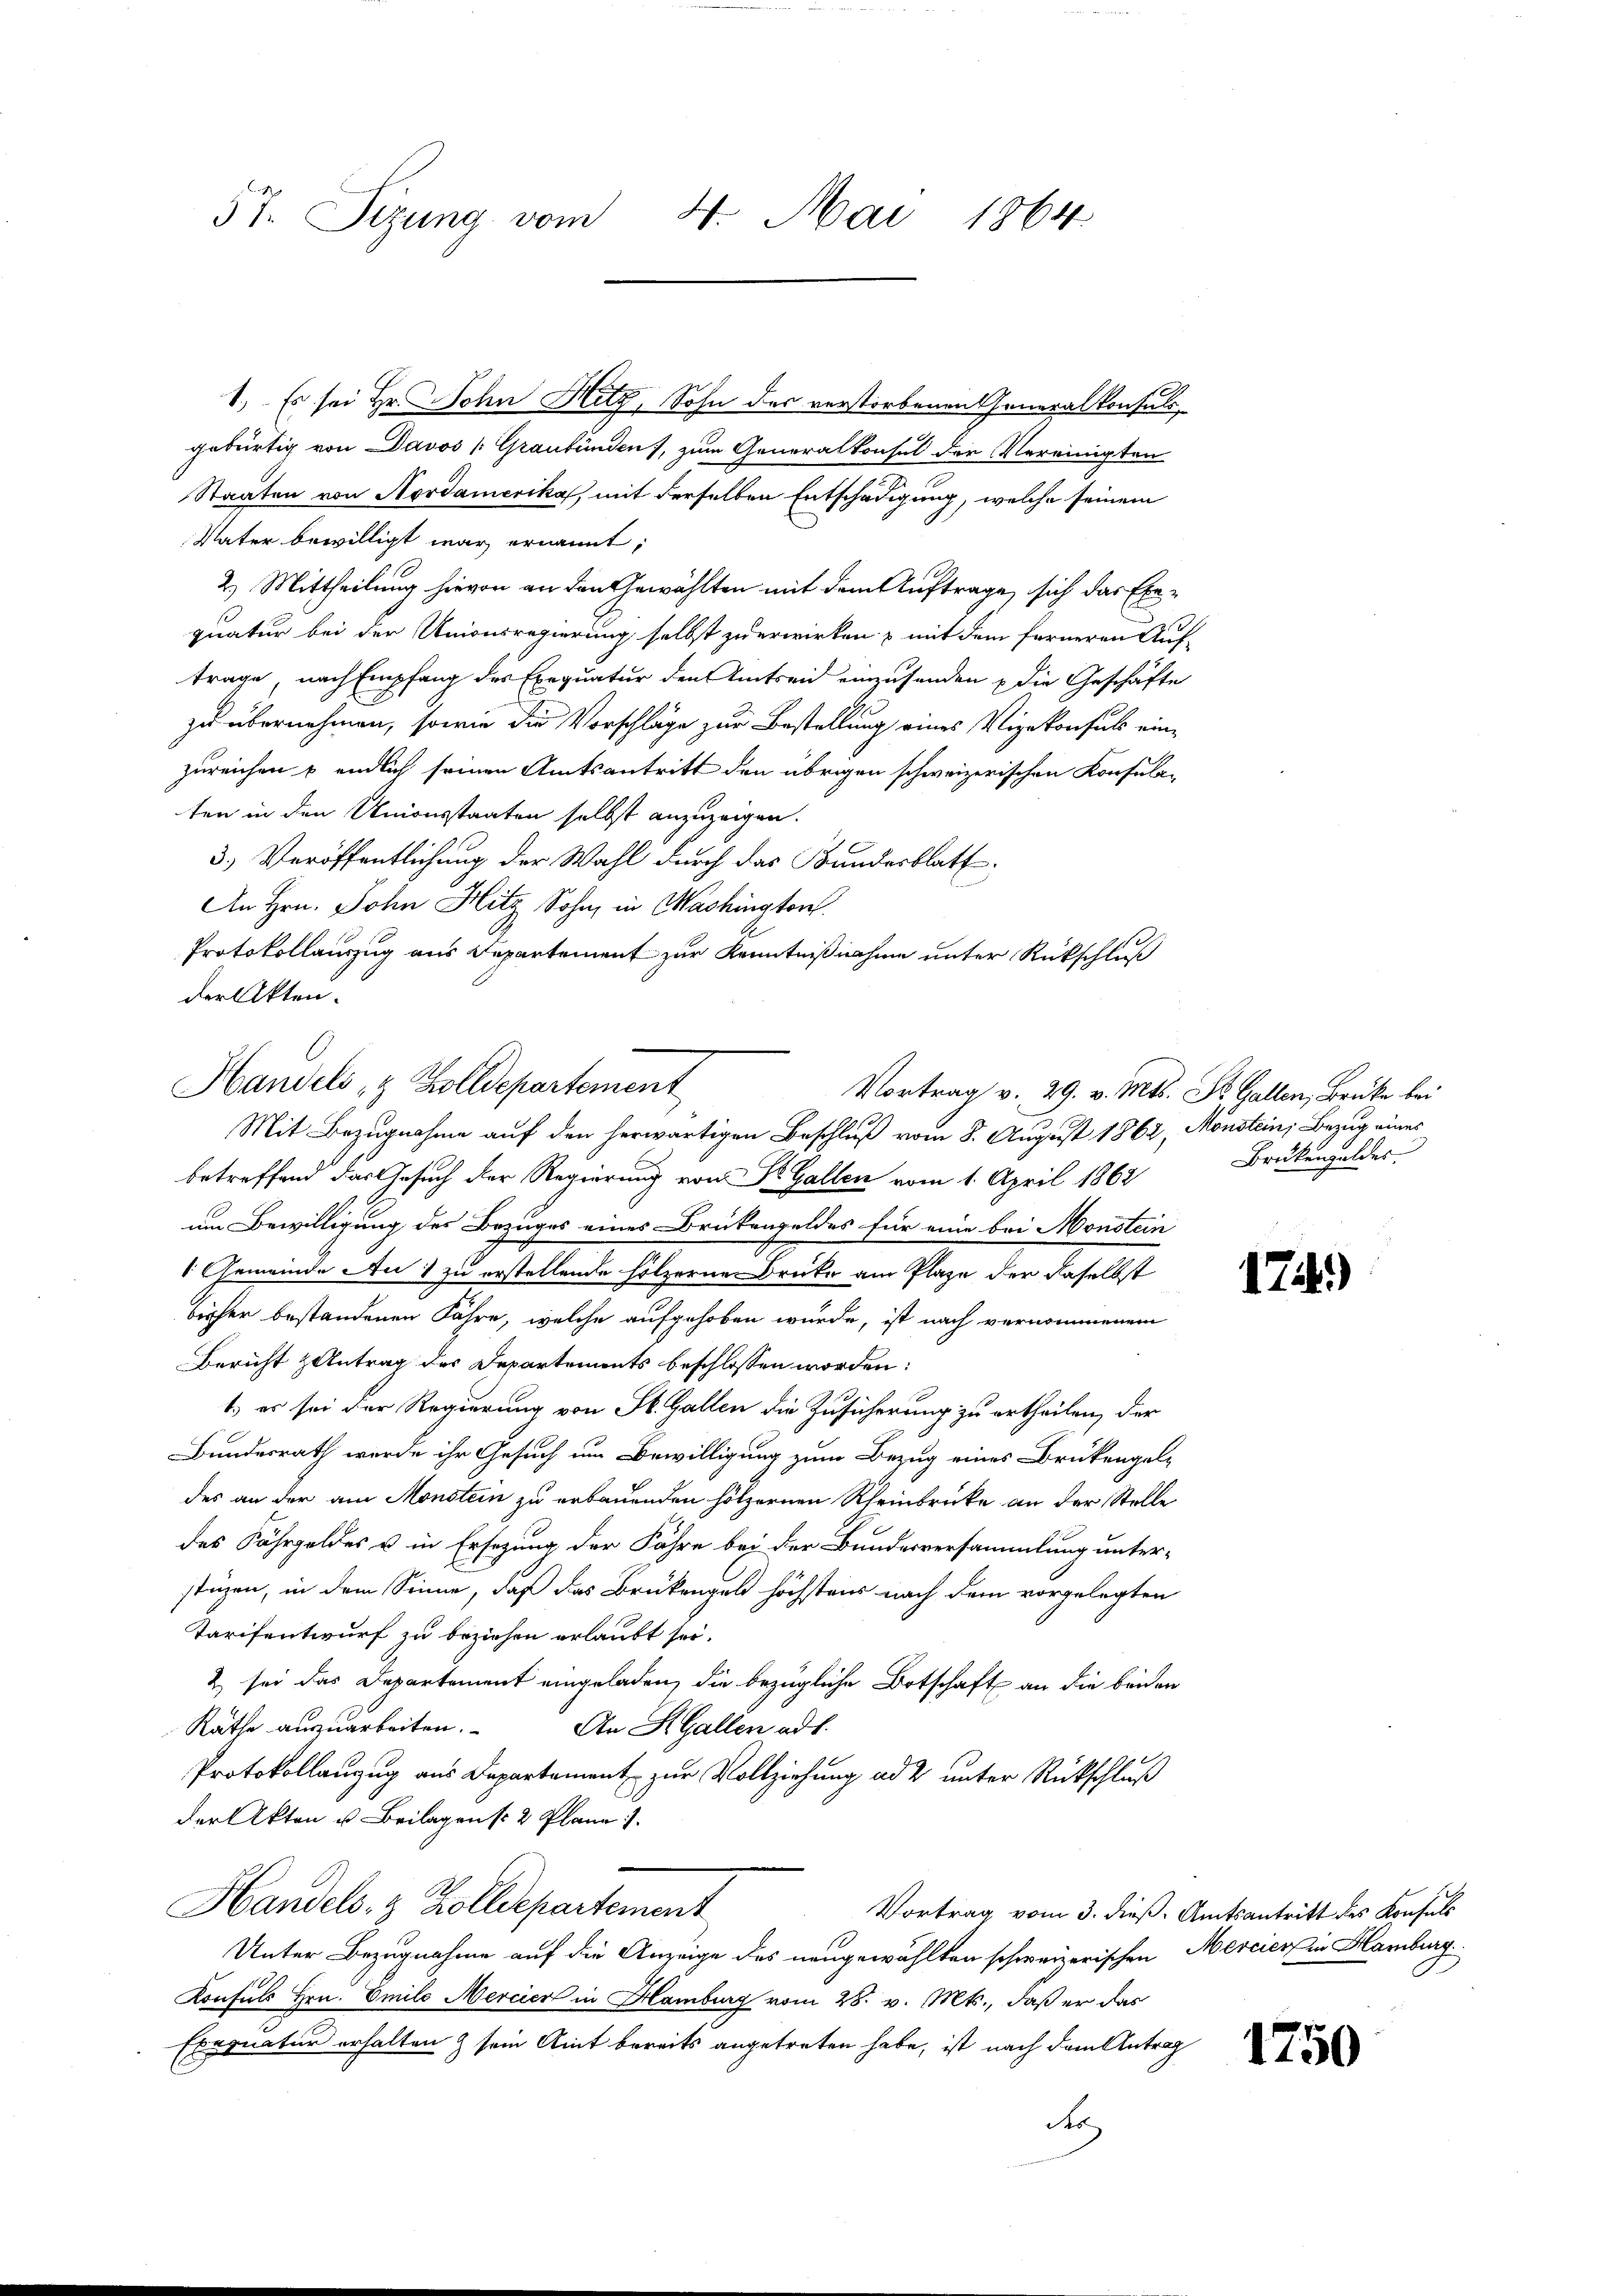
57. Sizung vom 4. Mai 1864

1.) Es sei Hr. John Hitz, Sohn des verstorbenen Generalkonsuls,
gebürtig von Davos /: Graubünden), zum Generalkonsul der Vereinigten
Staaten von Nordamerika, mit derselben Entschädigung, welche seinem
Vater bewilligt war ernannt;
2.) Mittheilung hievon an den Gewählten mit dem Auftrage, sich das Exequatur bei der Unionsregierung selbst zu erwirken & mit dem ferneren Auf-
trage, nach Empfang des Exequatur den Amtsein einzusenden die Geschäfte
zu übernehmen, sowie die Vorschläge zur Bestellung eines Vizekonsuls einzureichen & endlich seinen Amtsantritt den übrigen schweizerischen Konsula-
ten in den Unionsstaaten selbst anzuzeigen.
3.) Veröffentlichung der Wahl durch das Bundesblatt
An Hrn. John Hitz Sohn, in Washington
Protokollauszug aus Departement zur Kenntnißnahme unter Rückschluß
der Akten.
betreffend das Gesuch der Regierung von Dr. Gallen vom 1. April 1862
um Bewilligung des Bezuges eines Brükengeldes für eine bei Monstein
 Gemeinde Aus zu erstellende hölzerne Drucke am Plaze der daselbst
bisher bestandenen Jahre, welche aufgehoben würde, ist nach vernommenem
Bericht Antrag des Departements beschlossen worden:
1.) es sei der Regierung von St. Gallen die Zusicherung zu ertheilen, der
Bundesrath werde ihr Gesuch um Bewilligung zum Bezug eines Brükengeldes an der am Monstein zu erbauenden hölzernen Rheinbrücke an der Stelle
des Fährgeldes u in Ersezung der Fahre bei der Bundesversammlung unter-
stüzen, in dem Sinne, daß das Brükengeld höchstens nach dem vorgelegten
Tarifentwurf zu beziehen erlaubt sei.
& sei das Departement eingeladen, die bezügliche Botschaft an die beiden
Rathe auszuarbeiten.
An H. Gallen ad 1.
Protokollanzug aus Departement zur Vollziehung ad 2 unter Rückschluß
der Akten u. Beilagen s. 2 Plane
Handels- & Zolldepartement
Vortrag vom 3. dieß. Amtsantritt des Konfels
Unter Bezugnahme auf die Anzeige des neugewählten schweizerischen Mercier in Hamburg
Konsuls Hrn. Emilo Mercier in Hamburg vom 28. v. Mts., daß er das
Exequatur erhalten & sein Amt bereits angetreten habe, ist nach dem Antrag
A

Handels & Zolldepartement
Vortrag v. 29. v. Mts. St. Gallen, Brüke bei
Mit Bezugnahme auf den herwärtigen Beschluß vom 8. August 1862, Mönstein, Bezug eines

Brükengeldes.

17.)

n

1750